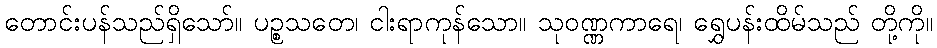
တောင်းပန်သည်ရှိသော်။ ပဉ္စသတေ၊ ငါးရာကုန်သော။ သုဝဏ္ဏကာရေ၊ ရွှေပန်းထိမ်သည် တို့ကို။